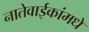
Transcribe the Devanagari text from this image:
नातेवाईकांमधे